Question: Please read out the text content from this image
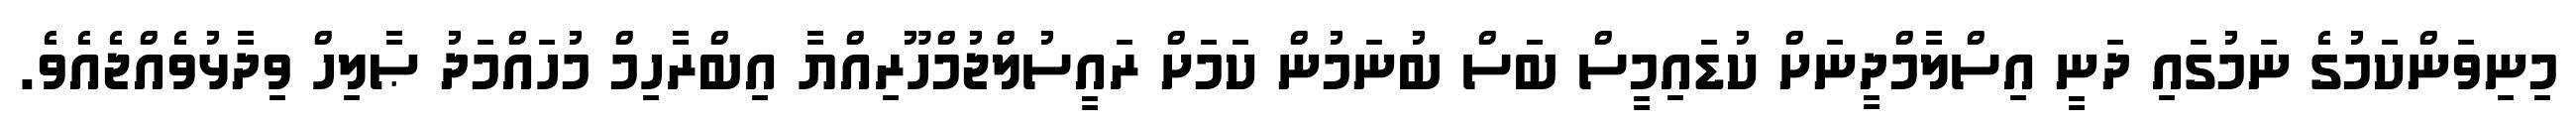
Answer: މިނިވަންކަމުގެ ނަމުގައި ދަނީ އިސްލާމްދީނަށް ކުޑައިމީސް ބަަސް ބުނަމުން ކަމަށް ރައީސުލްޖުމްހޫރިއްޔާ އިބްރާހިމް މުހައްމަދު ޞާލިހް ވިދާޅުވެއްޖެއެވެ.